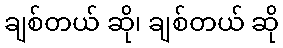
ချစ်တယ် ဆို၊ ချစ်တယ် ဆို